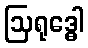
ဩရုဒ္ဓေါ